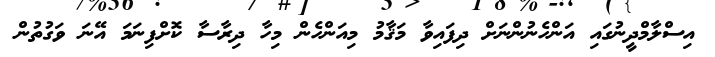
އިސްލާމްދީނުގައި އަންހެނުންނަށް ދިފައިވާ މަޤާމު މިއަންހެން މިހާ ދިރާސާ ކޮށްފިނަމަ އޭނަ ވަގުތުން